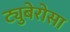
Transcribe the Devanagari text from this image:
ट्युबेरोसा